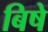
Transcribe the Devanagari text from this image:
बिषे